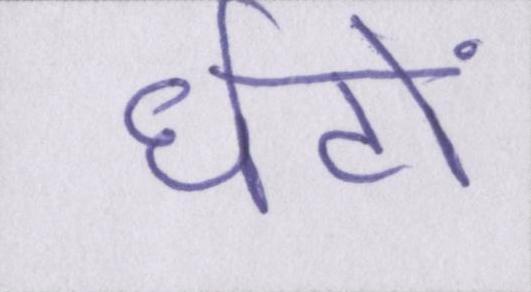
घंटों